Civil Veterinary Department Bengal reports 1923-33 - 1923-1933
Year: 1923
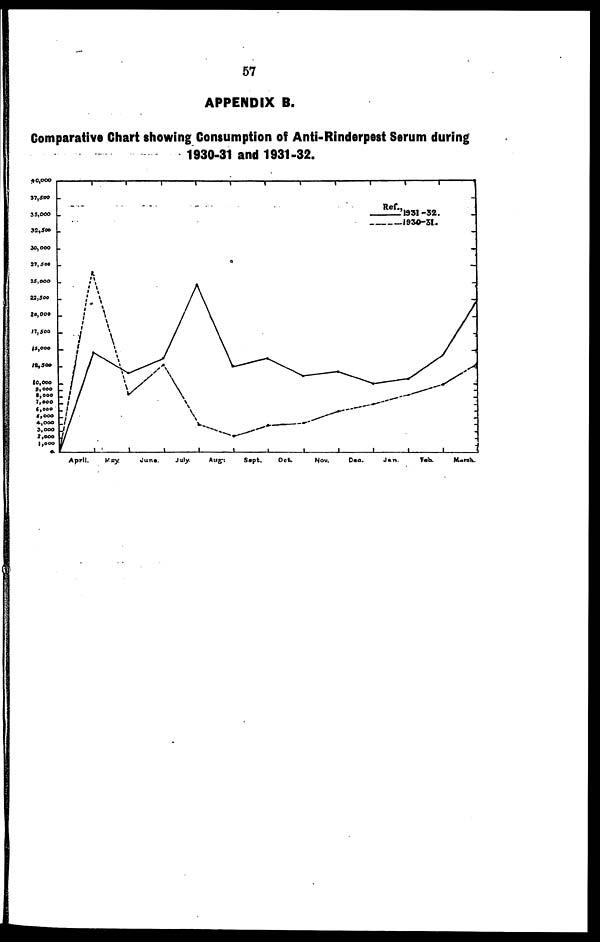
57
APPENDIX B.
Comparative Chart showing Consumption of Anti-Rinderpest Serum during
1930-31 and 1931-32.